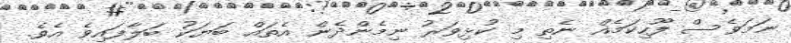
ނަމަވެސް ފޫހިކަމެއް ނެތި މި ކުޅިވަރު ނިމެންދެން އެތައް ބަޔަކު ބަލާފައިވެ އެވެ.